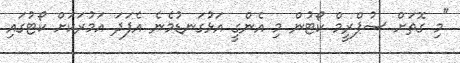
"މި ގޮތަށް ސުޕްރީމް ކޯޓުން މި އެންގީ އަޅުގަނޑުމެނެ އެފަދަ އަމުރަކަށް ކޯޓުގައި